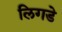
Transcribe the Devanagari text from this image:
लिगडे